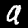
Digit: 9